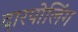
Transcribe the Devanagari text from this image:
दारपोलिंग